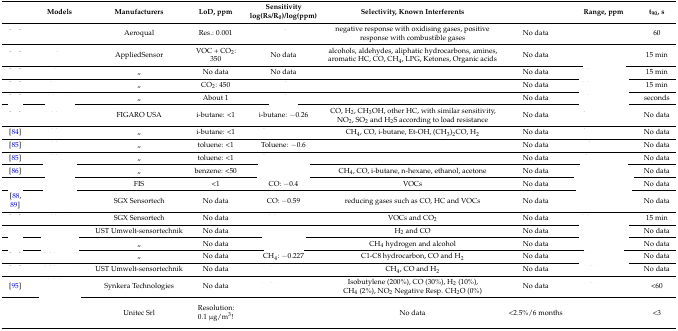
<table><thead><tr><td>[EMPTY_CELL]</td><td><b>Models</b></td><td><b>Manufacturers</b></td><td><b>LoD, ppm</b></td><td><b>Sensitivity log(Rs/R<sub>0</sub>)/log(ppm)</b></td><td><b>Selectivity, Known Interferents</b></td><td>[EMPTY_CELL]</td><td><b>Range, ppm</b></td><td><b>t<sub>90</sub>, s</b></td></tr></thead><tbody><tr><td>[EMPTY_CELL]</td><td>[EMPTY_CELL]</td><td>Aeroqual</td><td>Res.: 0.001</td><td>[EMPTY_CELL]</td><td>negative response with oxidising gases, positive response with combustible gases</td><td>No data</td><td>[EMPTY_CELL]</td><td>60</td></tr><tr><td>[EMPTY_CELL]</td><td>[EMPTY_CELL]</td><td>AppliedSensor</td><td>VOC + CO<sub>2</sub>: 350</td><td>No data</td><td>alcohols, aldehydes, aliphatic hydrocarbons, amines, aromatic HC, CO, CH<sub>4</sub>, LPG, Ketones, Organic acids</td><td>No data</td><td>[EMPTY_CELL]</td><td>15 min</td></tr><tr><td>[EMPTY_CELL]</td><td>[EMPTY_CELL]</td><td>„</td><td>No data</td><td>No data</td><td>[EMPTY_CELL]</td><td>No data</td><td>[EMPTY_CELL]</td><td>15 min</td></tr><tr><td>[EMPTY_CELL]</td><td>[EMPTY_CELL]</td><td>„</td><td>CO<sub>2</sub>: 450</td><td>[EMPTY_CELL]</td><td>[EMPTY_CELL]</td><td>No data</td><td>[EMPTY_CELL]</td><td>15 min</td></tr><tr><td>[EMPTY_CELL]</td><td>[EMPTY_CELL]</td><td>„</td><td>About 1</td><td>[EMPTY_CELL]</td><td>[EMPTY_CELL]</td><td>No data</td><td>[EMPTY_CELL]</td><td>seconds</td></tr><tr><td>[EMPTY_CELL]</td><td>[EMPTY_CELL]</td><td>FIGARO USA</td><td>i-butane: &lt;1</td><td>i-butane: −0.26</td><td>CO, H<sub>2</sub>, CH<sub>3</sub>OH, other HC, with similar sensitivity, NO<sub>2</sub>, SO<sub>2</sub> and H<sub>2</sub>S according to load resistance</td><td>No data</td><td>[EMPTY_CELL]</td><td>No data</td></tr><tr><td>[84]</td><td>[EMPTY_CELL]</td><td>„</td><td>i-butane: &lt;1</td><td>[EMPTY_CELL]</td><td>CH<sub>4</sub>, CO, i-butane, Et-OH, (CH<sub>3</sub>)<sub>2</sub>CO, H<sub>2</sub></td><td>No data</td><td>[EMPTY_CELL]</td><td>No data</td></tr><tr><td>[85]</td><td>[EMPTY_CELL]</td><td>„</td><td>toluene: &lt;1</td><td>Toluene: −0.6</td><td>[EMPTY_CELL]</td><td>No data</td><td>[EMPTY_CELL]</td><td>No data</td></tr><tr><td>[85]</td><td>[EMPTY_CELL]</td><td>„</td><td>toluene: &lt;1</td><td>[EMPTY_CELL]</td><td>[EMPTY_CELL]</td><td>No data</td><td>[EMPTY_CELL]</td><td>No data</td></tr><tr><td>[86]</td><td>[EMPTY_CELL]</td><td>„</td><td>benzene: &lt;50</td><td>[EMPTY_CELL]</td><td>CH<sub>4</sub>, CO, i-butane, n-hexane, ethanol, acetone</td><td>No data</td><td>[EMPTY_CELL]</td><td>No data</td></tr><tr><td>[EMPTY_CELL]</td><td>[EMPTY_CELL]</td><td>FIS</td><td>&lt;1</td><td>CO: −0.4</td><td>VOCs</td><td>No data</td><td>[EMPTY_CELL]</td><td>No data</td></tr><tr><td>[88,89]</td><td>[EMPTY_CELL]</td><td>SGX Sensortech</td><td>No data</td><td>CO: −0.59</td><td>reducing gases such as CO, HC and VOCs</td><td>No data</td><td>[EMPTY_CELL]</td><td>No data</td></tr><tr><td>[EMPTY_CELL]</td><td>[EMPTY_CELL]</td><td>SGX Sensortech</td><td>No data</td><td>[EMPTY_CELL]</td><td>VOCs and CO<sub>2</sub></td><td>No data</td><td>[EMPTY_CELL]</td><td>15 min</td></tr><tr><td>[EMPTY_CELL]</td><td>[EMPTY_CELL]</td><td>UST Umwelt-sensortechnik</td><td>No data</td><td>[EMPTY_CELL]</td><td>H<sub>2</sub> and CO</td><td>No data</td><td>[EMPTY_CELL]</td><td>No data</td></tr><tr><td>[EMPTY_CELL]</td><td>[EMPTY_CELL]</td><td>„</td><td>No data</td><td>[EMPTY_CELL]</td><td>CH<sub>4</sub> hydrogen and alcohol</td><td>No data</td><td>[EMPTY_CELL]</td><td>No data</td></tr><tr><td>[EMPTY_CELL]</td><td>[EMPTY_CELL]</td><td>„</td><td>No data</td><td>CH<sub>4</sub>: −0.227</td><td>C1-C8 hydrocarbon, CO and H<sub>2</sub></td><td>No data</td><td>[EMPTY_CELL]</td><td>No data</td></tr><tr><td>[EMPTY_CELL]</td><td>[EMPTY_CELL]</td><td>UST Umwelt-sensortechnik</td><td>No data</td><td>[EMPTY_CELL]</td><td>CH<sub>4</sub>, CO and H<sub>2</sub></td><td>No data</td><td>[EMPTY_CELL]</td><td>No data</td></tr><tr><td>[95]</td><td>[EMPTY_CELL]</td><td>Synkera Technologies</td><td>No data</td><td>[EMPTY_CELL]</td><td>Isobutylene (200%), CO (30%), H<sub>2</sub> (10%), CH<sub>4</sub> (2%), NO<sub>2</sub> Negative Resp. CH<sub>2</sub>O (0%)</td><td>No data</td><td>[EMPTY_CELL]</td><td>&lt;60</td></tr><tr><td>[EMPTY_CELL]</td><td>[EMPTY_CELL]</td><td>Unitec Srl</td><td>Resolution: 0.1 μg/m<sup>3</sup>!</td><td>[EMPTY_CELL]</td><td>No data</td><td>&lt;2.5%/6 months</td><td>[EMPTY_CELL]</td><td>&lt;3</td></tr></tbody></table>